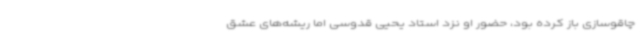
چاقوسازی باز کرده بود، حضور او نزد استاد یحیی قدوسی اما ریشه‌های عشق